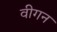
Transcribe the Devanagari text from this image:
वीगन